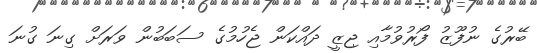
ބޭރުގެ ނުފޫޒު ފޯރުވުމާއި ޖިޒީ ދައްކަން ޖެހުމުގެ ސަބަބުން ވަރަށް ގިނަ ގުނަ